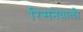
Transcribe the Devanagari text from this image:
रिसनेवाली